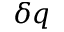
\delta q